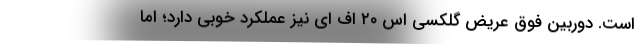
است. دوربین فوق عریض گلکسی اس ۲۰ اف ای نیز عملکرد خوبی دارد؛ اما